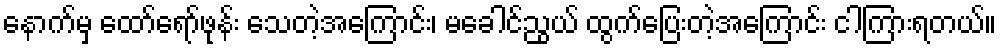
နောက်မှ ထော်ရော်ဖုန်း သေတဲ့အကြောင်း၊ မခေါင်ညွယ် ထွက်ပြေးတဲ့အကြောင်း ငါကြားရတယ်။